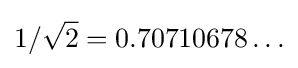
1/{\sqrt {2}}=0.70710678\ldots